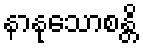
နာနုသောစန္တိ